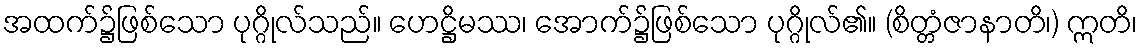
အထက်၌ဖြစ်သော ပုဂ္ဂိုလ်သည်။ ဟေဋ္ဌိမဿ၊ အောက်၌ဖြစ်သော ပုဂ္ဂိုလ်၏။ (စိတ္တံဇာနာတိ၊) ဣတိ၊